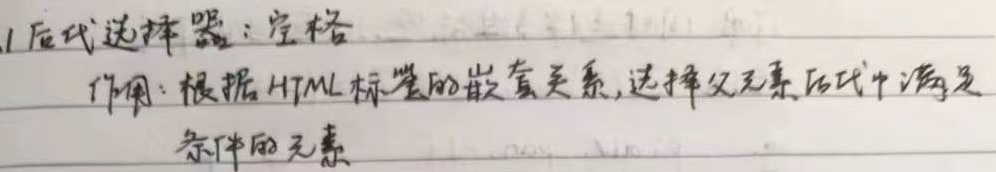
1. 后代选择器：空格
作用：根据 HTML 标签的嵌套关系，选择父元素后代中满足条件的元素